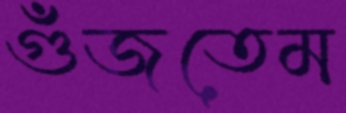
গুঁজতেম